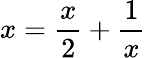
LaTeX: x={\frac{x}{2}}+{\frac{1}{x}}